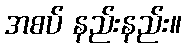
အစပ် နည်းနည်း။